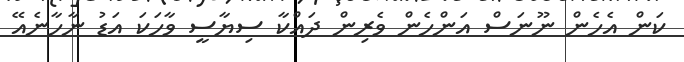
ކަން އެހެން ނޫނަސް އަންހެން ވެރިން ދައްކާ ސިޔާސީ ވާހަކަ އަޑު ނާހާނެއޭ